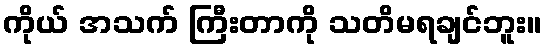
ကိုယ် အသက် ကြီးတာကို သတိမရချင်ဘူး။